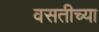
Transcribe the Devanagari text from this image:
वसतीच्या